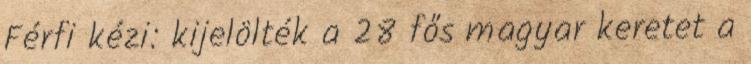
Férfi kézi: kijelölték a 28 fős magyar keretet a